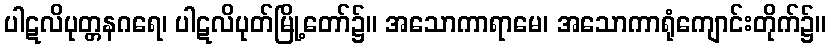
ပါဋလိပုတ္တနဂရေ၊ ပါဋလိပုတ်မြို့တော်၌။ အသောကာရာမေ၊ အသောကာရုံကျောင်းတိုက်၌။